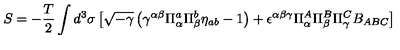
S = - \frac { T } { 2 } \int d ^ { 3 } \sigma \left[ \sqrt { - \gamma } \left( \gamma ^ { \alpha \beta } \Pi _ { \alpha } ^ { a } \Pi _ { \beta } ^ { b } \eta _ { a b } - 1 \right) + \epsilon ^ { \alpha \beta \gamma } \Pi _ { \alpha } ^ { A } \Pi _ { \beta } ^ { B } \Pi _ { \gamma } ^ { C } B _ { A B C } \right]